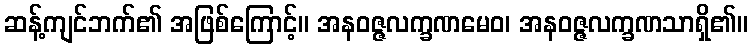
ဆန့်ကျင်ဘက်၏ အဖြစ်ကြောင့်။ အနဝဇ္ဇလက္ခဏမေဝ၊ အနဝဇ္ဇလက္ခဏသာရှိ၏။